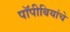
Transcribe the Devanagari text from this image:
पॉपीबियांचे